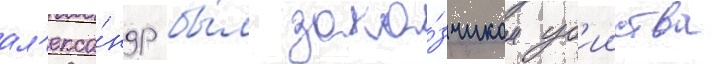
ал'екса́ндр бы́л зака́зчиком уб'ииства